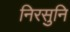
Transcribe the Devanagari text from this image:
निरसुनि